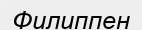
Филиппен